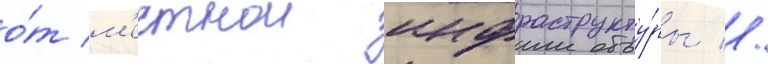
о́т м'естнои инфраструкту́ры //